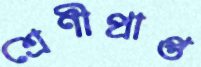
শ্রেণীপ্রাপ্ত